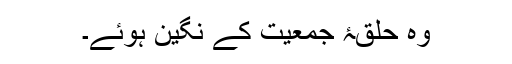
وہ حلقۂ جمعیّت کے نِگین ہوئے۔